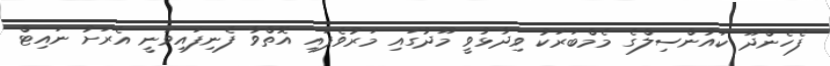
ފެހެންދޫ ކައުންސިލްގެ މެމްބަރަކު ވިދާޅުވީ މޫދުގައި މަރުވެފައި އޮތްވާ ފެނިފައިވަނީ އެރަށު ނައިޓް